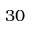
3 0